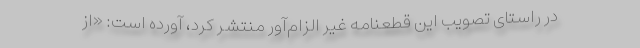
در راستای تصویب این قطعنامه غیر الزام‌آور منتشر کرد، آورده است: «از